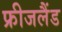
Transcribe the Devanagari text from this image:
फ्रीजलैंड